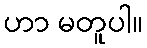
ဟာ မတူပါ။